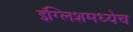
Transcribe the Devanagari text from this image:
इंग्लिशमध्येच